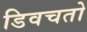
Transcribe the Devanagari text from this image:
डिवचतो